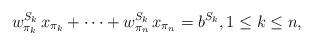
LaTeX: \begin{align*}w^{S_k}_{\pi_{k}} \, x_{\pi_{k}} + \cdots+ w^{S_k}_{\pi_{n}} \, x_{\pi_{n}} =b^{S_k}, 1 \leq k\leq n,\end{align*}